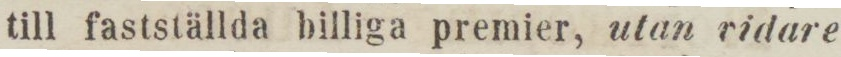
till fastställda billiga premier, utan ridare